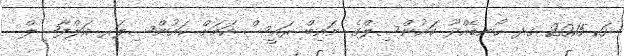
6